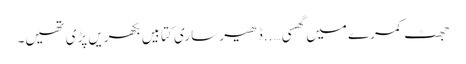
جھٹ کمرے میں گھسی …..ڈھیر ساری کتابیں بکھریں پڑی تھیں۔